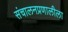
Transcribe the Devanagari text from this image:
संचालनप्रणालीला